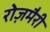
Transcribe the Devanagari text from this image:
रोज़मैरी